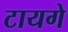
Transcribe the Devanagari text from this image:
टायगे